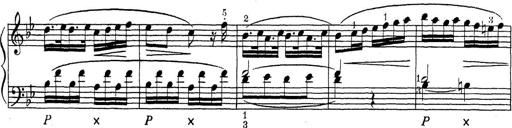
Title: ÄŒeskÃ© Sonatiny
Composer: Various